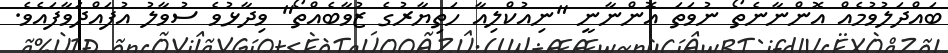
ބައްދަލުވުމެއް އޮންނާނެތޯ ނުވަތަ އޮންނާނީ "ނިއުކްލިއާ ހަތިޔާރުގެ ޒުވާބެއްތޯ" ވިދާޅުވެ ސުވާލު އުފައްދަވާފައެވެ.